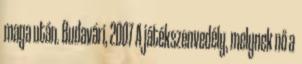
maga után. Budavári, 2007 A játékszenvedély, melynek nő a